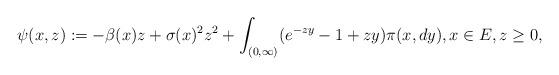
LaTeX: \begin{align*} \psi(x,z):=- \beta(x) z + \sigma (x)^2 z^2 + \int_{(0,\infty)} (e^{-zy} - 1 + zy) \pi(x,dy),x\in E, z\geq 0,\end{align*}